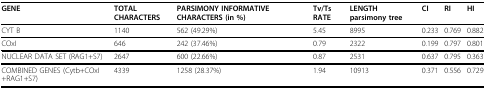
<table><thead><tr><td><b>GENE</b></td><td><b>TOTAL CHARACTERS</b></td><td><b>PARSIMONY INFORMATIVE CHARACTERS (in %)</b></td><td><b>Tv/Ts RATE</b></td><td><b>LENGTH parsimony tree</b></td><td><b>CI</b></td><td><b>RI</b></td><td><b>HI</b></td></tr></thead><tbody><tr><td>CYT B</td><td>1140</td><td>562 (49.29%)</td><td>5.45</td><td>8995</td><td>0.233</td><td>0.769</td><td>0.882</td></tr><tr><td>COxI</td><td>646</td><td>242 (37.46%)</td><td>0.79</td><td>2322</td><td>0.199</td><td>0.797</td><td>0.801</td></tr><tr><td>NUCLEAR DATA SET (RAG1+S7)</td><td>2647</td><td>600 (22.66%)</td><td>0.87</td><td>2531</td><td>0.637</td><td>0.795</td><td>0.363</td></tr><tr><td>COMBINED GENES (Cytb+COxI+RAG1+S7)</td><td>4339</td><td>1258 (28.37%)</td><td>1.94</td><td>10913</td><td>0.371</td><td>0.556</td><td>0.729</td></tr></tbody></table>